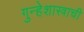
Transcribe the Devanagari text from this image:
गुन्हेशास्त्राची